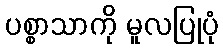
ပစ္စာသာကို မူလပြုပုံ